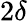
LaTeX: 2\delta